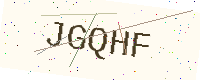
Text: JGQHF